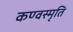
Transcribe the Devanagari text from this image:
कण्वस्मृति